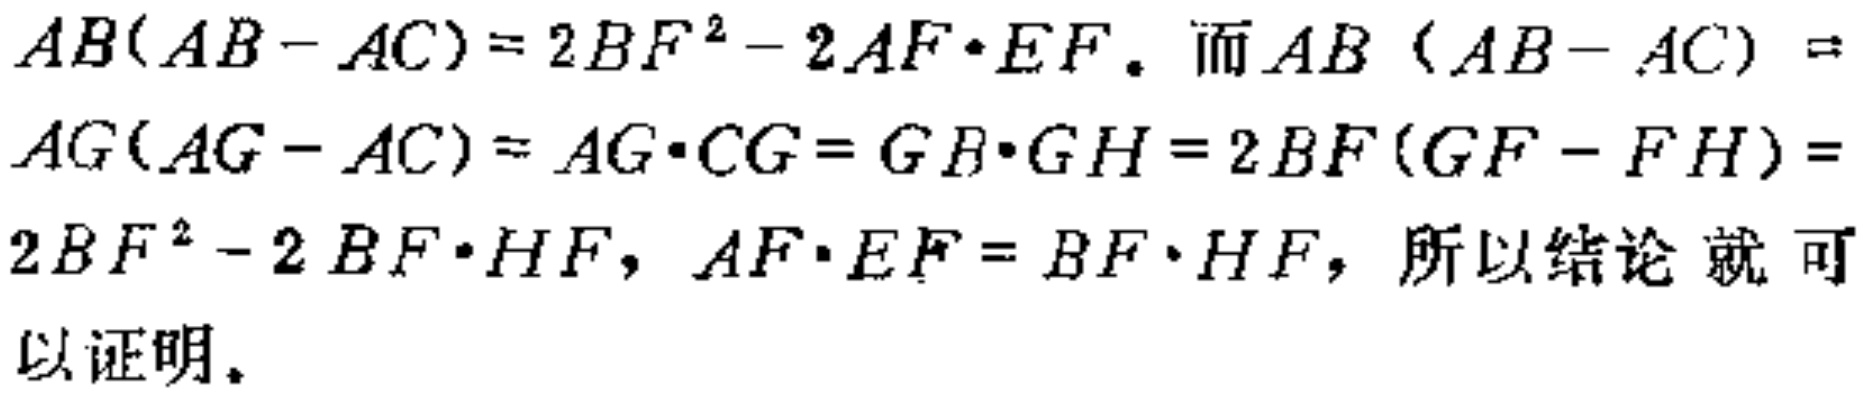
\(AB(AB - AC)=2BF^{2}-2AF\cdot EF。而AB (AB - AC) =AG(AG - AC)=AG\cdot CG=GB\cdot GH = 2BF(GF - FH)=2BF^{2}-2BF\cdot HF，AF\cdot EF = BF\cdot HF，所以结论 就可以证明。\)